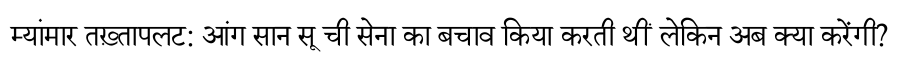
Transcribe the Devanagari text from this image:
म्यांमार तख़्तापलट: आंग सान सू ची सेना का बचाव किया करती थीं लेकिन अब क्या करेंगी?